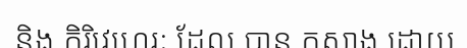
និង កិរិវេហេរៈ ដែល បាន កសាង ដោយ